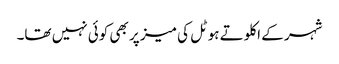
شہر کے اکلوتے ہوٹل کی میز پر بھی کوئی نہیں تھا۔